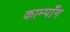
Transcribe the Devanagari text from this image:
काम्पाँग